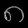
Digit: ၈